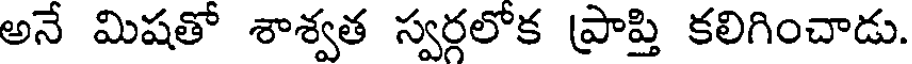
అనే మిషతో శాశ్వత స్వర్గలోక ప్రాప్తి కలిగించాడు.